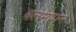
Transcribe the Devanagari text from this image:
बलमापन